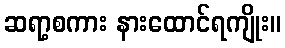
ဆရာ့စကား နားထောင်ရကျိုး။